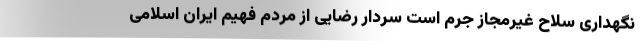
نگهداری سلاح غیرمجاز جرم است سردار رضایی از مردم فهیم ایران اسلامی